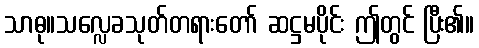
သာဓု။သလ္လေခသုတ်တရားတော် ဆဋ္ဌမပိုင်း ဤတွင် ပြီး၏။